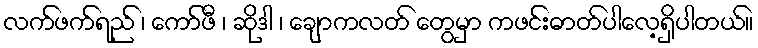
လက်ဖက်ရည် ၊ ကော်ဖီ ၊ ဆိုဒါ ၊ ချောကလတ် တွေမှာ ကဖင်းဓာတ်ပါလေ့ရှိပါတယ်။